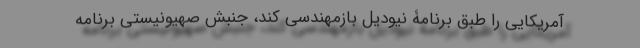
آمریکایی را طبق برنامۀ نیودیل بازمهندسی کند، جنبش صهیونیستی برنامه